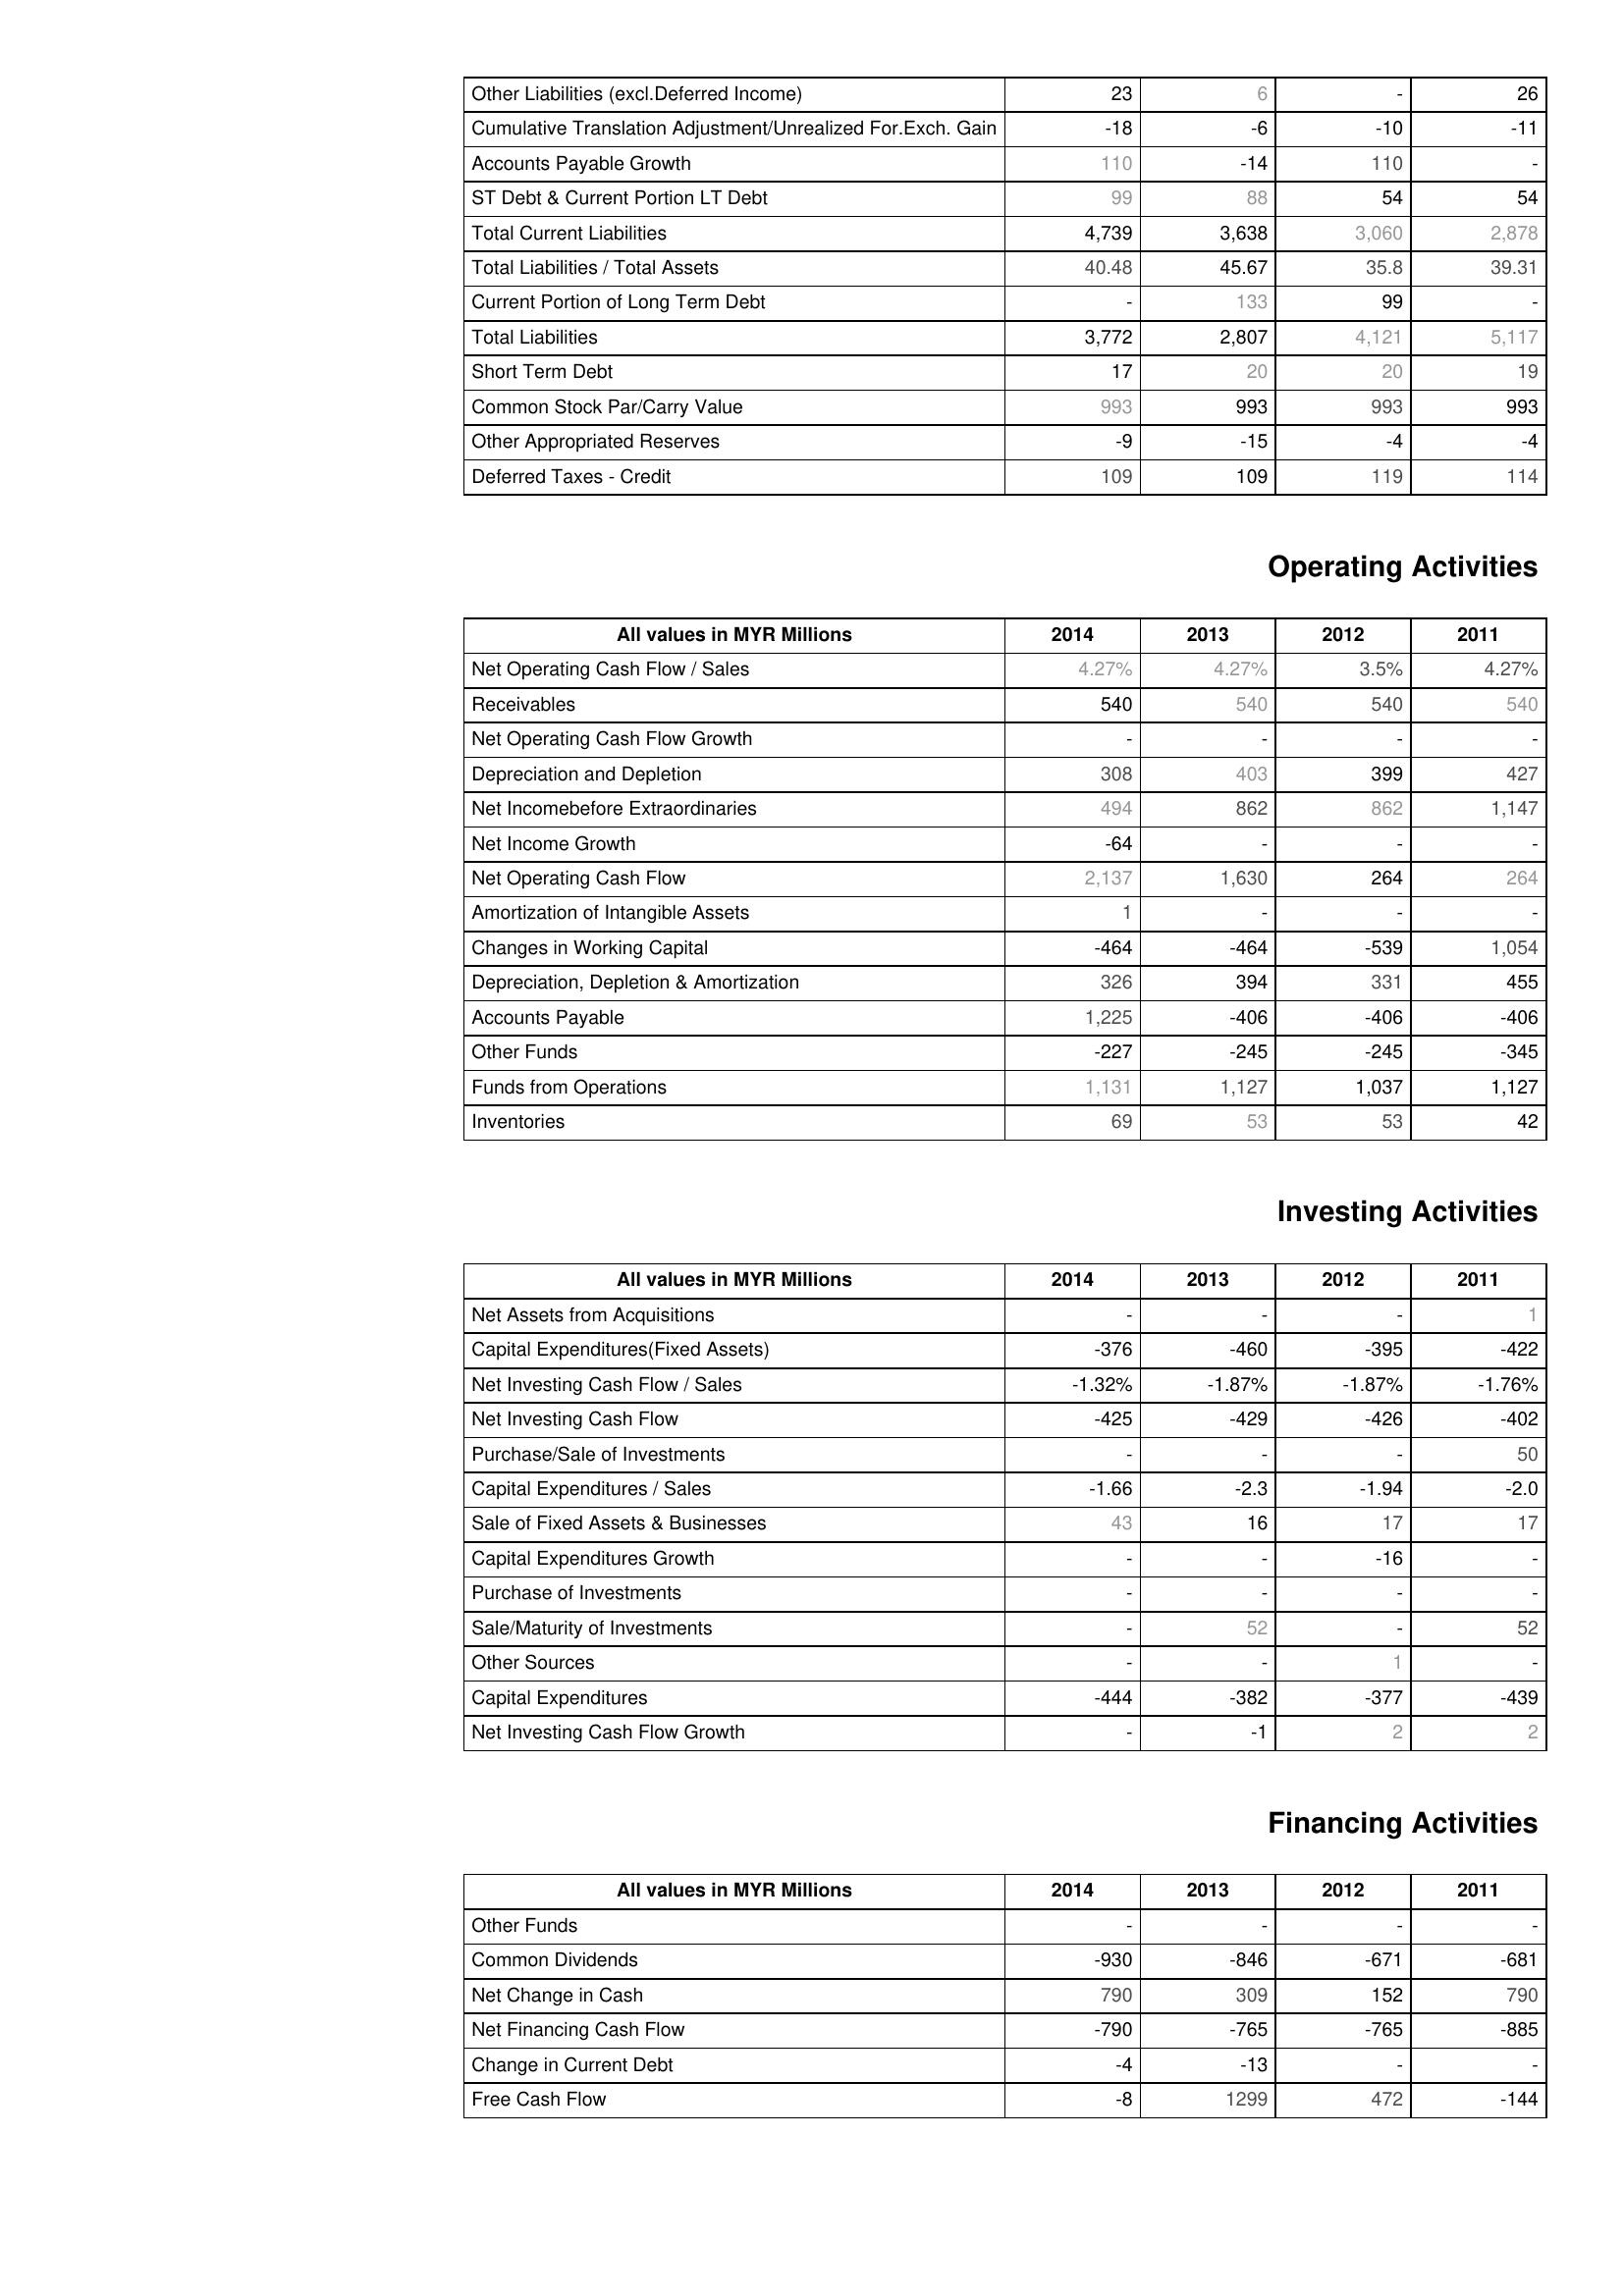
2014: Liabilities & Shareholder's Equity: Other Liabilities (excl.Deferred Income): 23
Cumulative Translation Adjustment/Unrealized For.Exch. Gain: -18
Accounts Payable Growth: 110
ST Debt & Current Portion LT Debt: 99
Total Current Liabilities: 4,739
Total Liabilities / Total Assets: 40.48
Current Portion of Long Term Debt: -
Total Liabilities: 3,772
Short Term Debt: 17
Common Stock Par/Carry Value: 993
Other Appropriated Reserves: -9
Deferred Taxes - Credit: 109
Operating Activities: Net Operating Cash Flow / Sales: 4.27%
Receivables: 540
Net Operating Cash Flow Growth: -
Depreciation and Depletion: 308
Net Incomebefore Extraordinaries: 494
Net Income Growth: -64
Net Operating Cash Flow: 2,137
Amortization of Intangible Assets: 1
Changes in Working Capital: -464
Depreciation, Depletion & Amortization: 326
Accounts Payable: 1,225
Other Funds: -227
Funds from Operations: 1,131
Inventories: 69
Investing Activities: Net Assets from Acquisitions: -
Capital Expenditures(Fixed Assets): -376
Net Investing Cash Flow / Sales: -1.32%
Net Investing Cash Flow: -425
Purchase/Sale of Investments: -
Capital Expenditures / Sales: -1.66
Sale of Fixed Assets & Businesses: 43
Capital Expenditures Growth: -
Purchase of Investments: -
Sale/Maturity of Investments: -
Other Sources: -
Capital Expenditures: -444
Net Investing Cash Flow Growth: -
Financing Activities: Other Funds: -
Common Dividends: -930
Net Change in Cash: 790
Net Financing Cash Flow: -790
Change in Current Debt: -4
Free Cash Flow: -8
2013: Liabilities & Shareholder's Equity: Other Liabilities (excl.Deferred Income): 6
Cumulative Translation Adjustment/Unrealized For.Exch. Gain: -6
Accounts Payable Growth: -14
ST Debt & Current Portion LT Debt: 88
Total Current Liabilities: 3,638
Total Liabilities / Total Assets: 45.67
Current Portion of Long Term Debt: 133
Total Liabilities: 2,807
Short Term Debt: 20
Common Stock Par/Carry Value: 993
Other Appropriated Reserves: -15
Deferred Taxes - Credit: 109
Operating Activities: Net Operating Cash Flow / Sales: 4.27%
Receivables: 540
Net Operating Cash Flow Growth: -
Depreciation and Depletion: 403
Net Incomebefore Extraordinaries: 862
Net Income Growth: -
Net Operating Cash Flow: 1,630
Amortization of Intangible Assets: -
Changes in Working Capital: -464
Depreciation, Depletion & Amortization: 394
Accounts Payable: -406
Other Funds: -245
Funds from Operations: 1,127
Inventories: 53
Investing Activities: Net Assets from Acquisitions: -
Capital Expenditures(Fixed Assets): -460
Net Investing Cash Flow / Sales: -1.87%
Net Investing Cash Flow: -429
Purchase/Sale of Investments: -
Capital Expenditures / Sales: -2.3
Sale of Fixed Assets & Businesses: 16
Capital Expenditures Growth: -
Purchase of Investments: -
Sale/Maturity of Investments: 52
Other Sources: -
Capital Expenditures: -382
Net Investing Cash Flow Growth: -1
Financing Activities: Other Funds: -
Common Dividends: -846
Net Change in Cash: 309
Net Financing Cash Flow: -765
Change in Current Debt: -13
Free Cash Flow: 1299
2012: Liabilities & Shareholder's Equity: Other Liabilities (excl.Deferred Income): -
Cumulative Translation Adjustment/Unrealized For.Exch. Gain: -10
Accounts Payable Growth: 110
ST Debt & Current Portion LT Debt: 54
Total Current Liabilities: 3,060
Total Liabilities / Total Assets: 35.8
Current Portion of Long Term Debt: 99
Total Liabilities: 4,121
Short Term Debt: 20
Common Stock Par/Carry Value: 993
Other Appropriated Reserves: -4
Deferred Taxes - Credit: 119
Operating Activities: Net Operating Cash Flow / Sales: 3.5%
Receivables: 540
Net Operating Cash Flow Growth: -
Depreciation and Depletion: 399
Net Incomebefore Extraordinaries: 862
Net Income Growth: -
Net Operating Cash Flow: 264
Amortization of Intangible Assets: -
Changes in Working Capital: -539
Depreciation, Depletion & Amortization: 331
Accounts Payable: -406
Other Funds: -245
Funds from Operations: 1,037
Inventories: 53
Investing Activities: Net Assets from Acquisitions: -
Capital Expenditures(Fixed Assets): -395
Net Investing Cash Flow / Sales: -1.87%
Net Investing Cash Flow: -426
Purchase/Sale of Investments: -
Capital Expenditures / Sales: -1.94
Sale of Fixed Assets & Businesses: 17
Capital Expenditures Growth: -16
Purchase of Investments: -
Sale/Maturity of Investments: -
Other Sources: 1
Capital Expenditures: -377
Net Investing Cash Flow Growth: 2
Financing Activities: Other Funds: -
Common Dividends: -671
Net Change in Cash: 152
Net Financing Cash Flow: -765
Change in Current Debt: -
Free Cash Flow: 472
2011: Liabilities & Shareholder's Equity: Other Liabilities (excl.Deferred Income): 26
Cumulative Translation Adjustment/Unrealized For.Exch. Gain: -11
Accounts Payable Growth: -
ST Debt & Current Portion LT Debt: 54
Total Current Liabilities: 2,878
Total Liabilities / Total Assets: 39.31
Current Portion of Long Term Debt: -
Total Liabilities: 5,117
Short Term Debt: 19
Common Stock Par/Carry Value: 993
Other Appropriated Reserves: -4
Deferred Taxes - Credit: 114
Operating Activities: Net Operating Cash Flow / Sales: 4.27%
Receivables: 540
Net Operating Cash Flow Growth: -
Depreciation and Depletion: 427
Net Incomebefore Extraordinaries: 1,147
Net Income Growth: -
Net Operating Cash Flow: 264
Amortization of Intangible Assets: -
Changes in Working Capital: 1,054
Depreciation, Depletion & Amortization: 455
Accounts Payable: -406
Other Funds: -345
Funds from Operations: 1,127
Inventories: 42
Investing Activities: Net Assets from Acquisitions: 1
Capital Expenditures(Fixed Assets): -422
Net Investing Cash Flow / Sales: -1.76%
Net Investing Cash Flow: -402
Purchase/Sale of Investments: 50
Capital Expenditures / Sales: -2.0
Sale of Fixed Assets & Businesses: 17
Capital Expenditures Growth: -
Purchase of Investments: -
Sale/Maturity of Investments: 52
Other Sources: -
Capital Expenditures: -439
Net Investing Cash Flow Growth: 2
Financing Activities: Other Funds: -
Common Dividends: -681
Net Change in Cash: 790
Net Financing Cash Flow: -885
Change in Current Debt: -
Free Cash Flow: -144